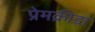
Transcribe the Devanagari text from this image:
प्रेमक्रीड़ा